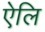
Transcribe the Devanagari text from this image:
ऐलि